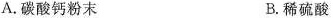
A.碳酸钙粉末 B.稀硫酸